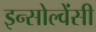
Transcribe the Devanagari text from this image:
इन्सोल्वेंसी